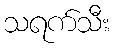
သရက်သီး